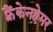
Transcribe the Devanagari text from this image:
फ़्रैंकेनहेमर